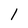
Character: 1